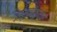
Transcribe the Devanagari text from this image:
जर्मनीसमोर